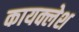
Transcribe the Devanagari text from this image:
कायक्लेश